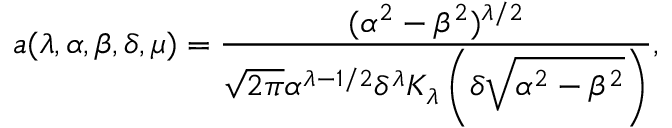
a ( \lambda , \alpha , \beta , \delta , \mu ) = \frac { ( \alpha ^ { 2 } - \beta ^ { 2 } ) ^ { \lambda / 2 } } { \sqrt { 2 \pi } \alpha ^ { \lambda - 1 / 2 } \delta ^ { \lambda } K _ { \lambda } \left( \delta \sqrt { \alpha ^ { 2 } - \beta ^ { 2 } } \right) } ,